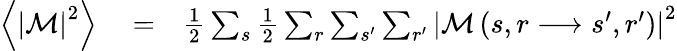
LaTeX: \begin{array}{rlr}{\left\langle\left\vert\mathcal{M}\right\vert^{2}\right\rangle}&{{}=}&{\frac{1}{2}\sum_{s}\frac{1}{2}\sum_{r}\sum_{s^{\prime}}\sum_{r^{\prime}}\left\vert\mathcal{M}\left(s,r\longrightarrow s^{\prime},r^{\prime}\right)\right\vert^{2}}\end{array}